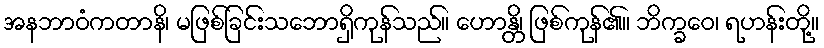
အနဘာဝံကတာနိ၊ မဖြစ်ခြင်းသဘောရှိကုန်သည်။ ဟောန္တိ၊ ဖြစ်ကုန်၏။ ဘိက္ခဝေ၊ ရဟန်းတို့။